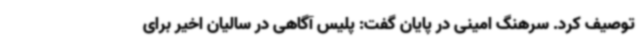
توصیف کرد. سرهنگ امینی در پایان گفت: پلیس آگاهی در سالیان اخیر برای